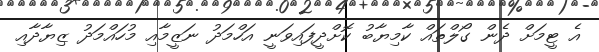
އެ ޓީމަށް ދެން ގޯލްތައް ކާމިޔާބު ކޮށްދީފައިވަނީ އަހްމަދު ނަޒީމާއި މުހައްމަދު ޒިޔާދާއި